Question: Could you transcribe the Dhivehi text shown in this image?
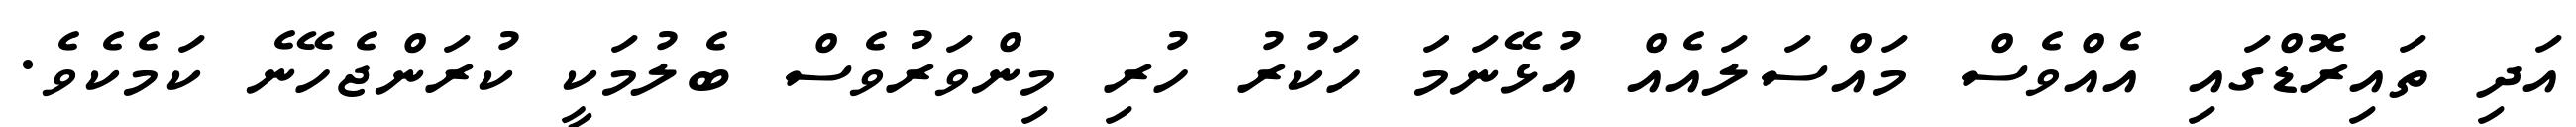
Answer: އަދި ތައިރޮޑްގައި އެއްވެސް މައްސަލައެއް އުޅޭނަމަ ހަކުރު ހުރި މިންވަރުވެސް ބެލުމަކީ ކުރަންޖެހޭނެ ކަމެކެވެ.